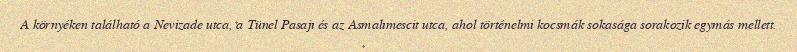
A környéken található a Nevizade utca, a Tünel Pasajı és az Asmalımescit utca, ahol történelmi kocsmák sokasága sorakozik egymás mellett.